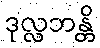
ဒုလ္လဘန္တိ